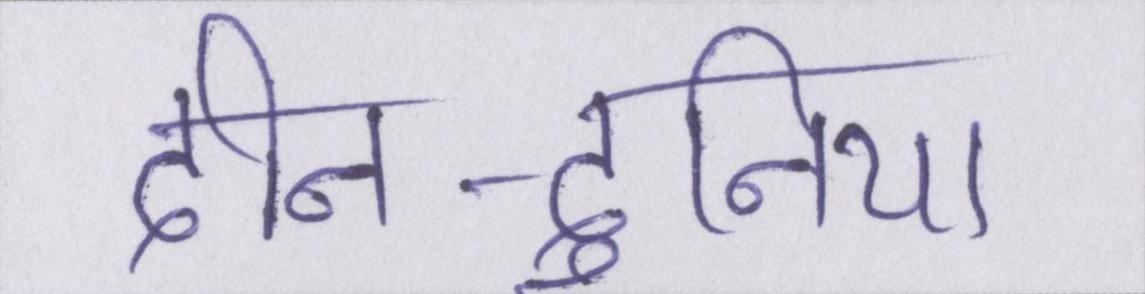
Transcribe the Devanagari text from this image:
दीन-दुनिया